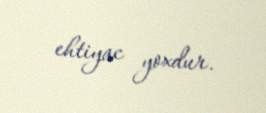
ehtiyac yoxdur.